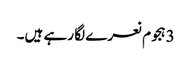
3 ہجوم نعرے لگا رہے ہیں۔